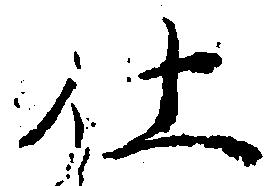
仕